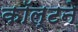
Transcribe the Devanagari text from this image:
कॉल्टने